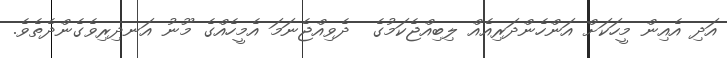
އަދި އެއިން މީހަކަށް އަންހެންދަރިއެއް ލިބިއްޖެކަމުގެ  ދެވިއްޖެނަމަ އެމީހެއްގެ މޫނު އަނދިރިވެގެންދެތެވެ.